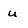
Character: u